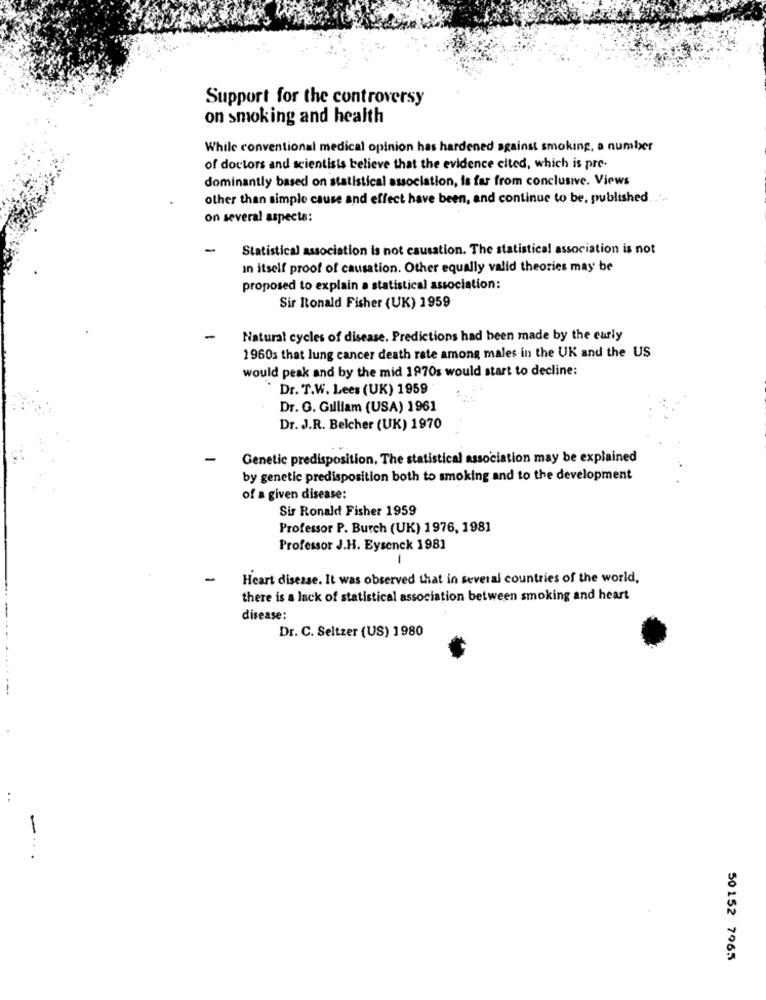
Support for the controversy
on smoking and health
While conventional medical opinion has hardened against smoking, a number
of doctors and scientists believe that the evidence cited, which is pre-
dominantly based on statistical association, is far from conclusive. Views
other than simple cause and effect have been, and continue to be, published. ...
on several aspecta:
-
Statistical association is not causation. The statistical association is not
in itself proof of causation. Other equally valid theories may be
proposed to explain a statistical association:
Sir Itonald Fisher (UK) 1959
-
Natural cycles of disease. Predictions had been made by the early
1960s that lung cancer death rate among males in the UK and the US
would peak and by the mid 1970s would start to decline:
Dr. T.W. Lees (UK) 1959
Dr. G. Gilliam (USA) 1961
Dr. J.R. Belcher (UK) 1970
-
Genetic predisposition. The statistical association may be explained
by genetic predisposition both to smoking and to the development
of a given disease:
Sir Ronald Fisher 1959
Professor P. Burch (UK) 1976, 1981
Professor J.H. Eysenck 1981
-
Heart disease. It was observed that in several countries of the world.
there is a lack of statistical association between smoking and heart
disease:
Dr. C. Seltzer (US) 1980
-
50 152 7965